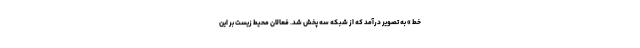
خط » به تصویر درآمد که از شبکه سه پخش شد. فعالان محیط زیست بر این